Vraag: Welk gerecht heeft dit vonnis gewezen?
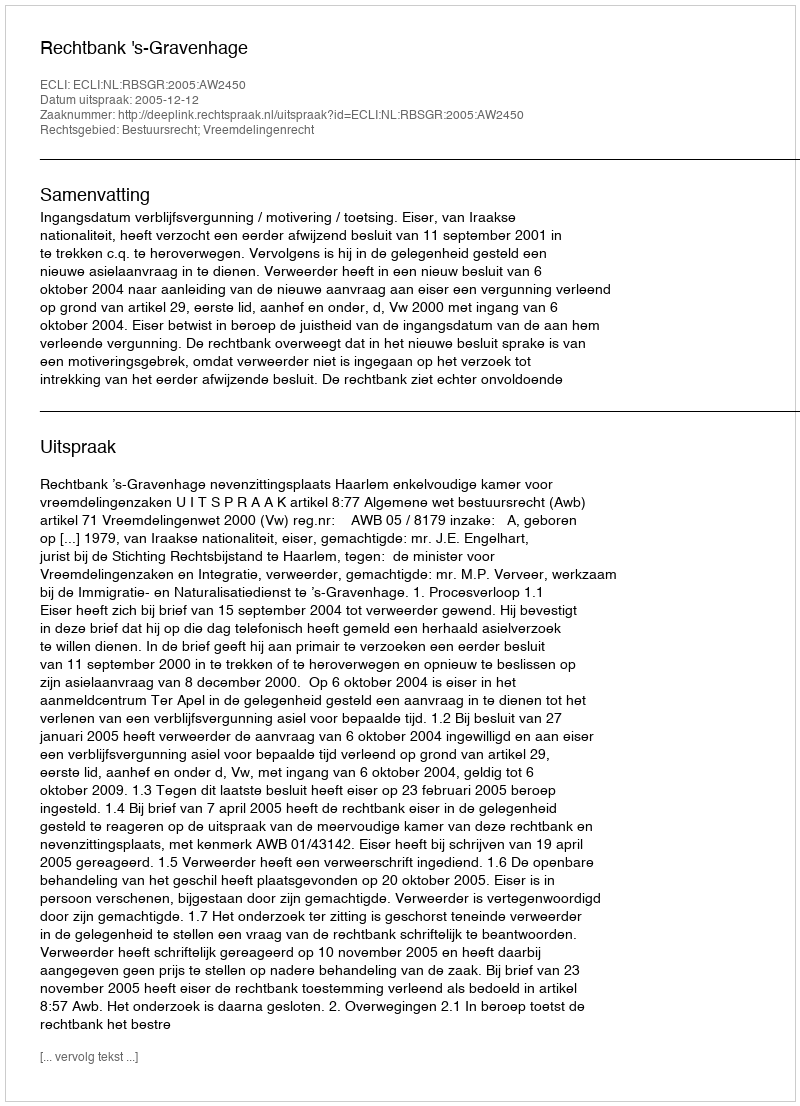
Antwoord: Rechtbank 's-Gravenhage